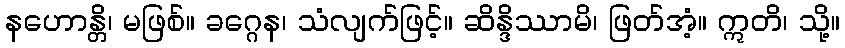
နဟောန္တိ၊ မဖြစ်။ ခဂ္ဂေန၊ သံလျက်ဖြင့်။ ဆိန္ဒိဿာမိ၊ ဖြတ်အံ့။ ဣတိ၊ သို့။